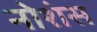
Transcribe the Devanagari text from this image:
नोशंस